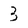
Character: 3